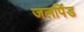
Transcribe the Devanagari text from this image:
जलपिंड